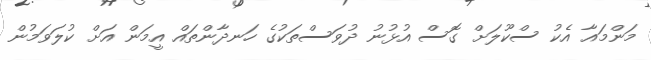
މަންމައާ އެކު ސްކޫލަށް ގޮސް އުޅުނު ދުވަސްތަކުގެ ހަނދާންތައް އީމަން އަށް ކުލަވަމުން